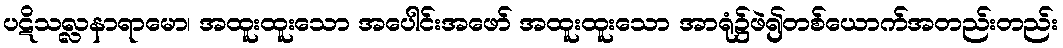
ပဋိသလ္လနာရာမော၊ အထူးထူးသော အပေါင်းအဖော် အထူးထူးသော အာရုံ၌ဖဲ၍တစ်ယောက်အတည်းတည်း